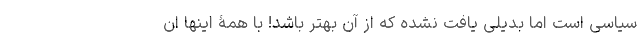
سیاسی است اما بدیلی یافت نشده که از آن بهتر باشد! با همۀ اینها ان